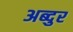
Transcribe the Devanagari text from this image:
अब्‍दुर